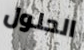
الحلول